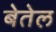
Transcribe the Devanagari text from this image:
बेतेल